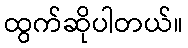
ထွက်ဆိုပါတယ်။